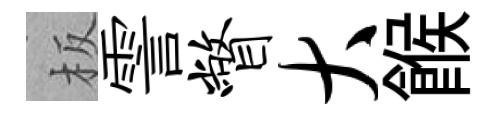
板霅瞥大餱